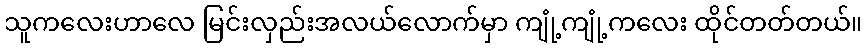
သူကလေးဟာလေ မြင်းလှည်းအလယ်လောက်မှာ ကျုံ့ကျုံ့ကလေး ထိုင်တတ်တယ်။